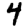
Digit: 4